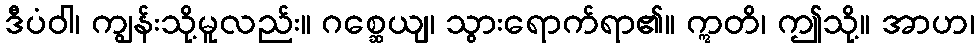
ဒီပံဝါ၊ ကျွန်းသို့မူလည်း။ ဂစ္ဆေယျ၊ သွားရောက်ရာ၏။ ဣတိ၊ ဤသို့။ အာဟ၊